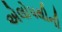
એલોપથીની